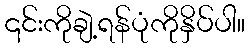
၎င်းကိုချဲ့ရန်ပုံကိုနှိပ်ပါ။